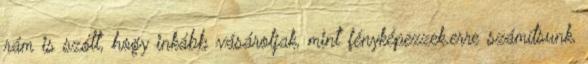
rám is szólt, hogy inkább vásároljak, mint fényképezzek.erre számítsunk,